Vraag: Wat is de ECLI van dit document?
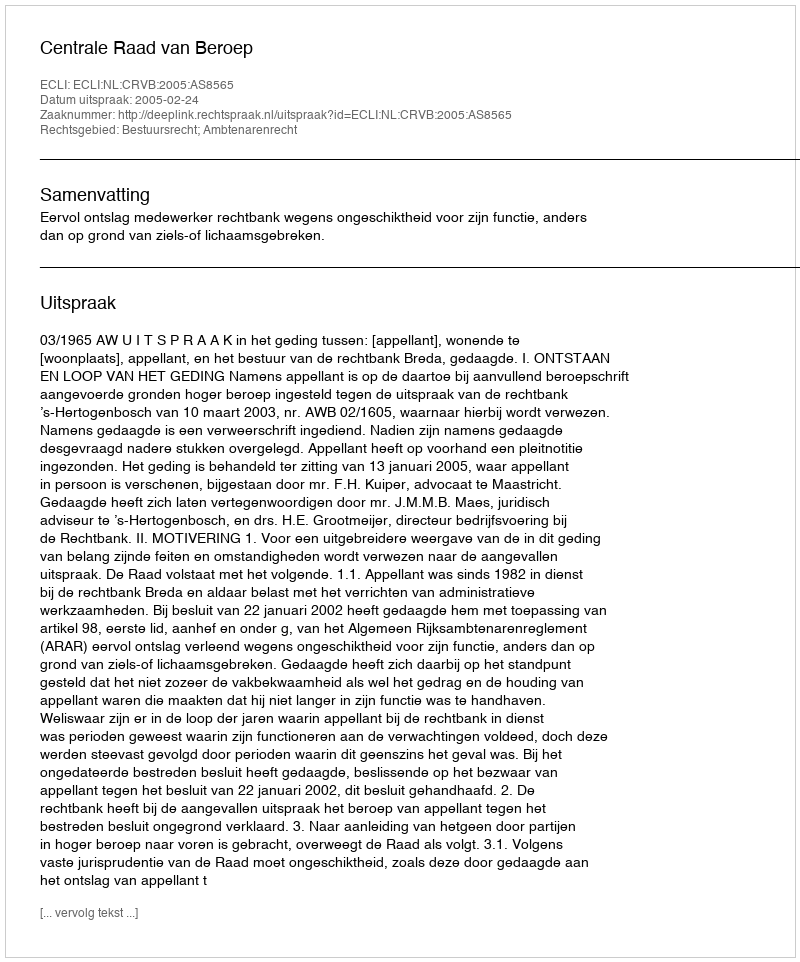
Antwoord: ECLI:NL:CRVB:2005:AS8565